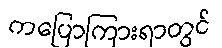
ကပြောကြားရာတွင်